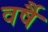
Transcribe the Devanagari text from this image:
वर्षै